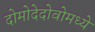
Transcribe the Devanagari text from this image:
दोमोदेदोवोमध्ये